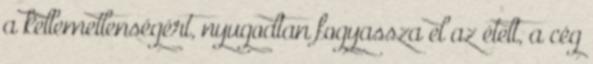
a kellemetlenségért, nyugodtan fogyassza el az ételt, a cég